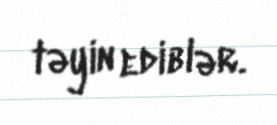
təyin ediblər.